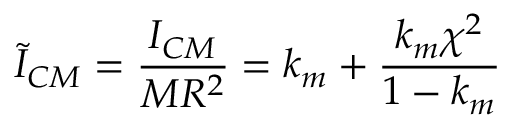
\tilde { I } _ { C M } = \frac { I _ { C M } } { M R ^ { 2 } } = k _ { m } + \frac { k _ { m } \chi ^ { 2 } } { 1 - k _ { m } }